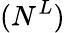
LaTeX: (N^{L})